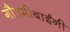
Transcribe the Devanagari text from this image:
गौतमीबाईंनी